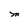
Character: M